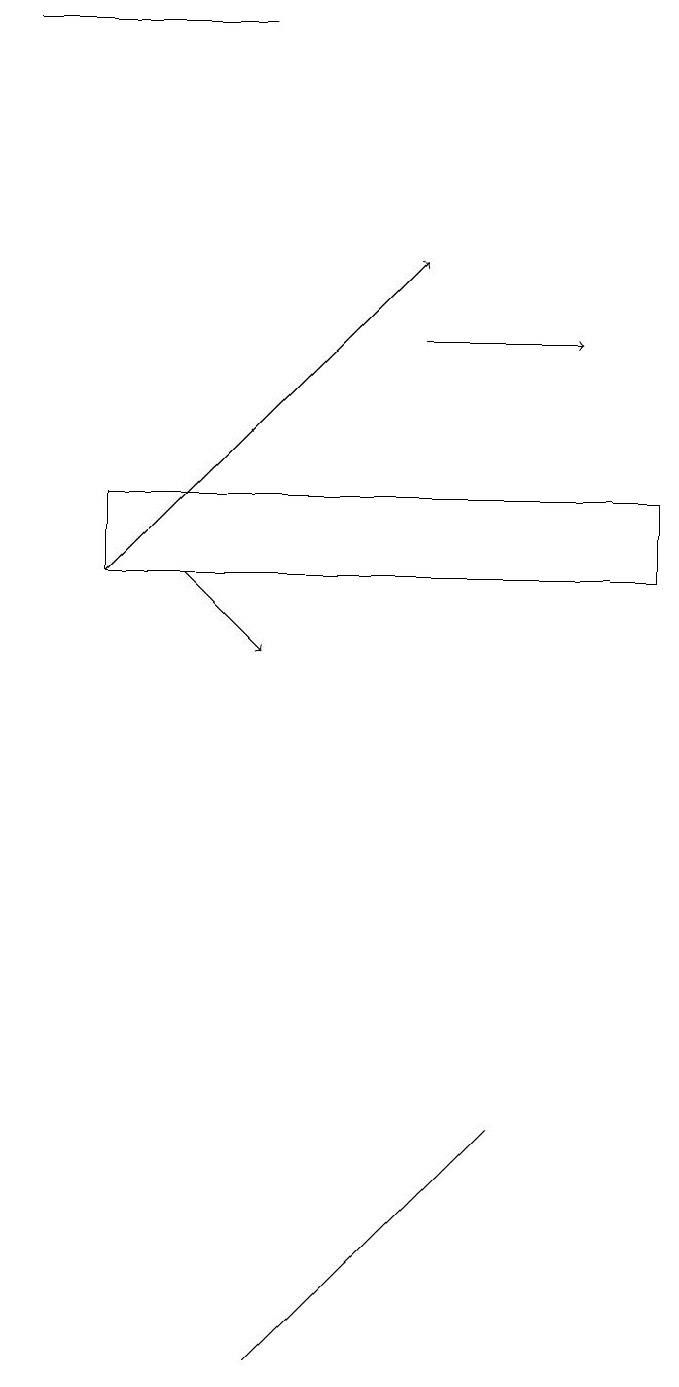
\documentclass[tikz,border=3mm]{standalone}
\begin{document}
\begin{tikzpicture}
\draw[->] (5,14) -- (7,14);
\draw (1,12) rectangle (8,11);
\draw (3,18) rectangle (0,18);
\draw[->] (2,11) -- (3,10);
\draw (5,3) -- (6,4) -- (3,1) -- cycle;
\draw[->] (1,11) -- (5,15);
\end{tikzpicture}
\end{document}